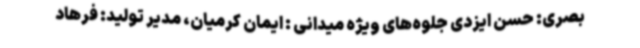
بصری: حسن ایزدی جلوه‌های ویژه میدانی : ایمان کرمیان، مدیر تولید: فرهاد